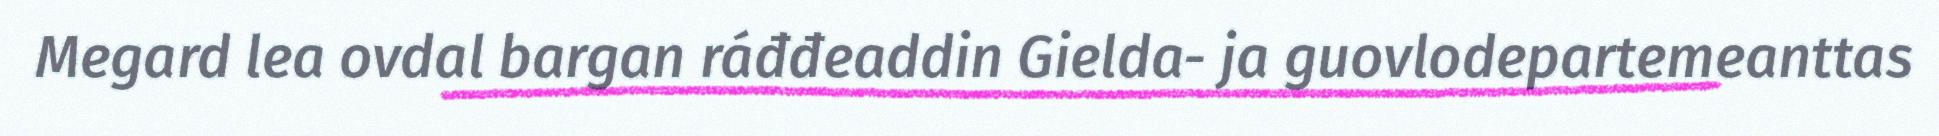
Megard lea ovdal bargan ráđđeaddin Gielda- ja guovlodepartemeanttas